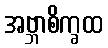
အဗ္ဘာစိက္ခထ